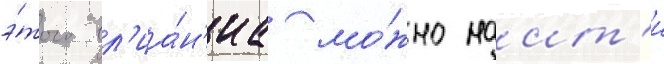
э́того вл'иа́н'иа мо́жно наит'и